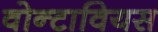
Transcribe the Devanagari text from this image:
वोन्टावियस